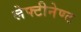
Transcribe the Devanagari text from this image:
लेफ्टीनेण्ट